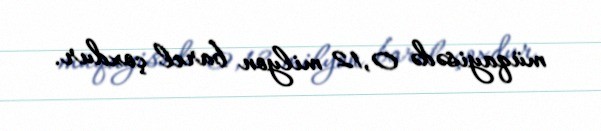
müqayisədə 0,12 milyon barel çoxdur.